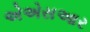
એએસઆર